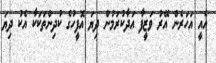
އެއީ އަހަރެން އޭރު ވަޒީފާ އަދާކުރަމުން ދިޔަ އޮފީހުގެ ކުދިންތަކަކާ އެކު ދިޔަ